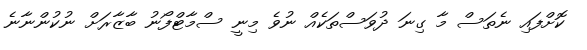
ކޮށްފައި ނެތަސް މާ ގިނަ ދުވަސްތަކެއް ނުވެ މިނީ ސްމާޓްފޯނު ބާޒާރަށް ނުކުންނާނެ